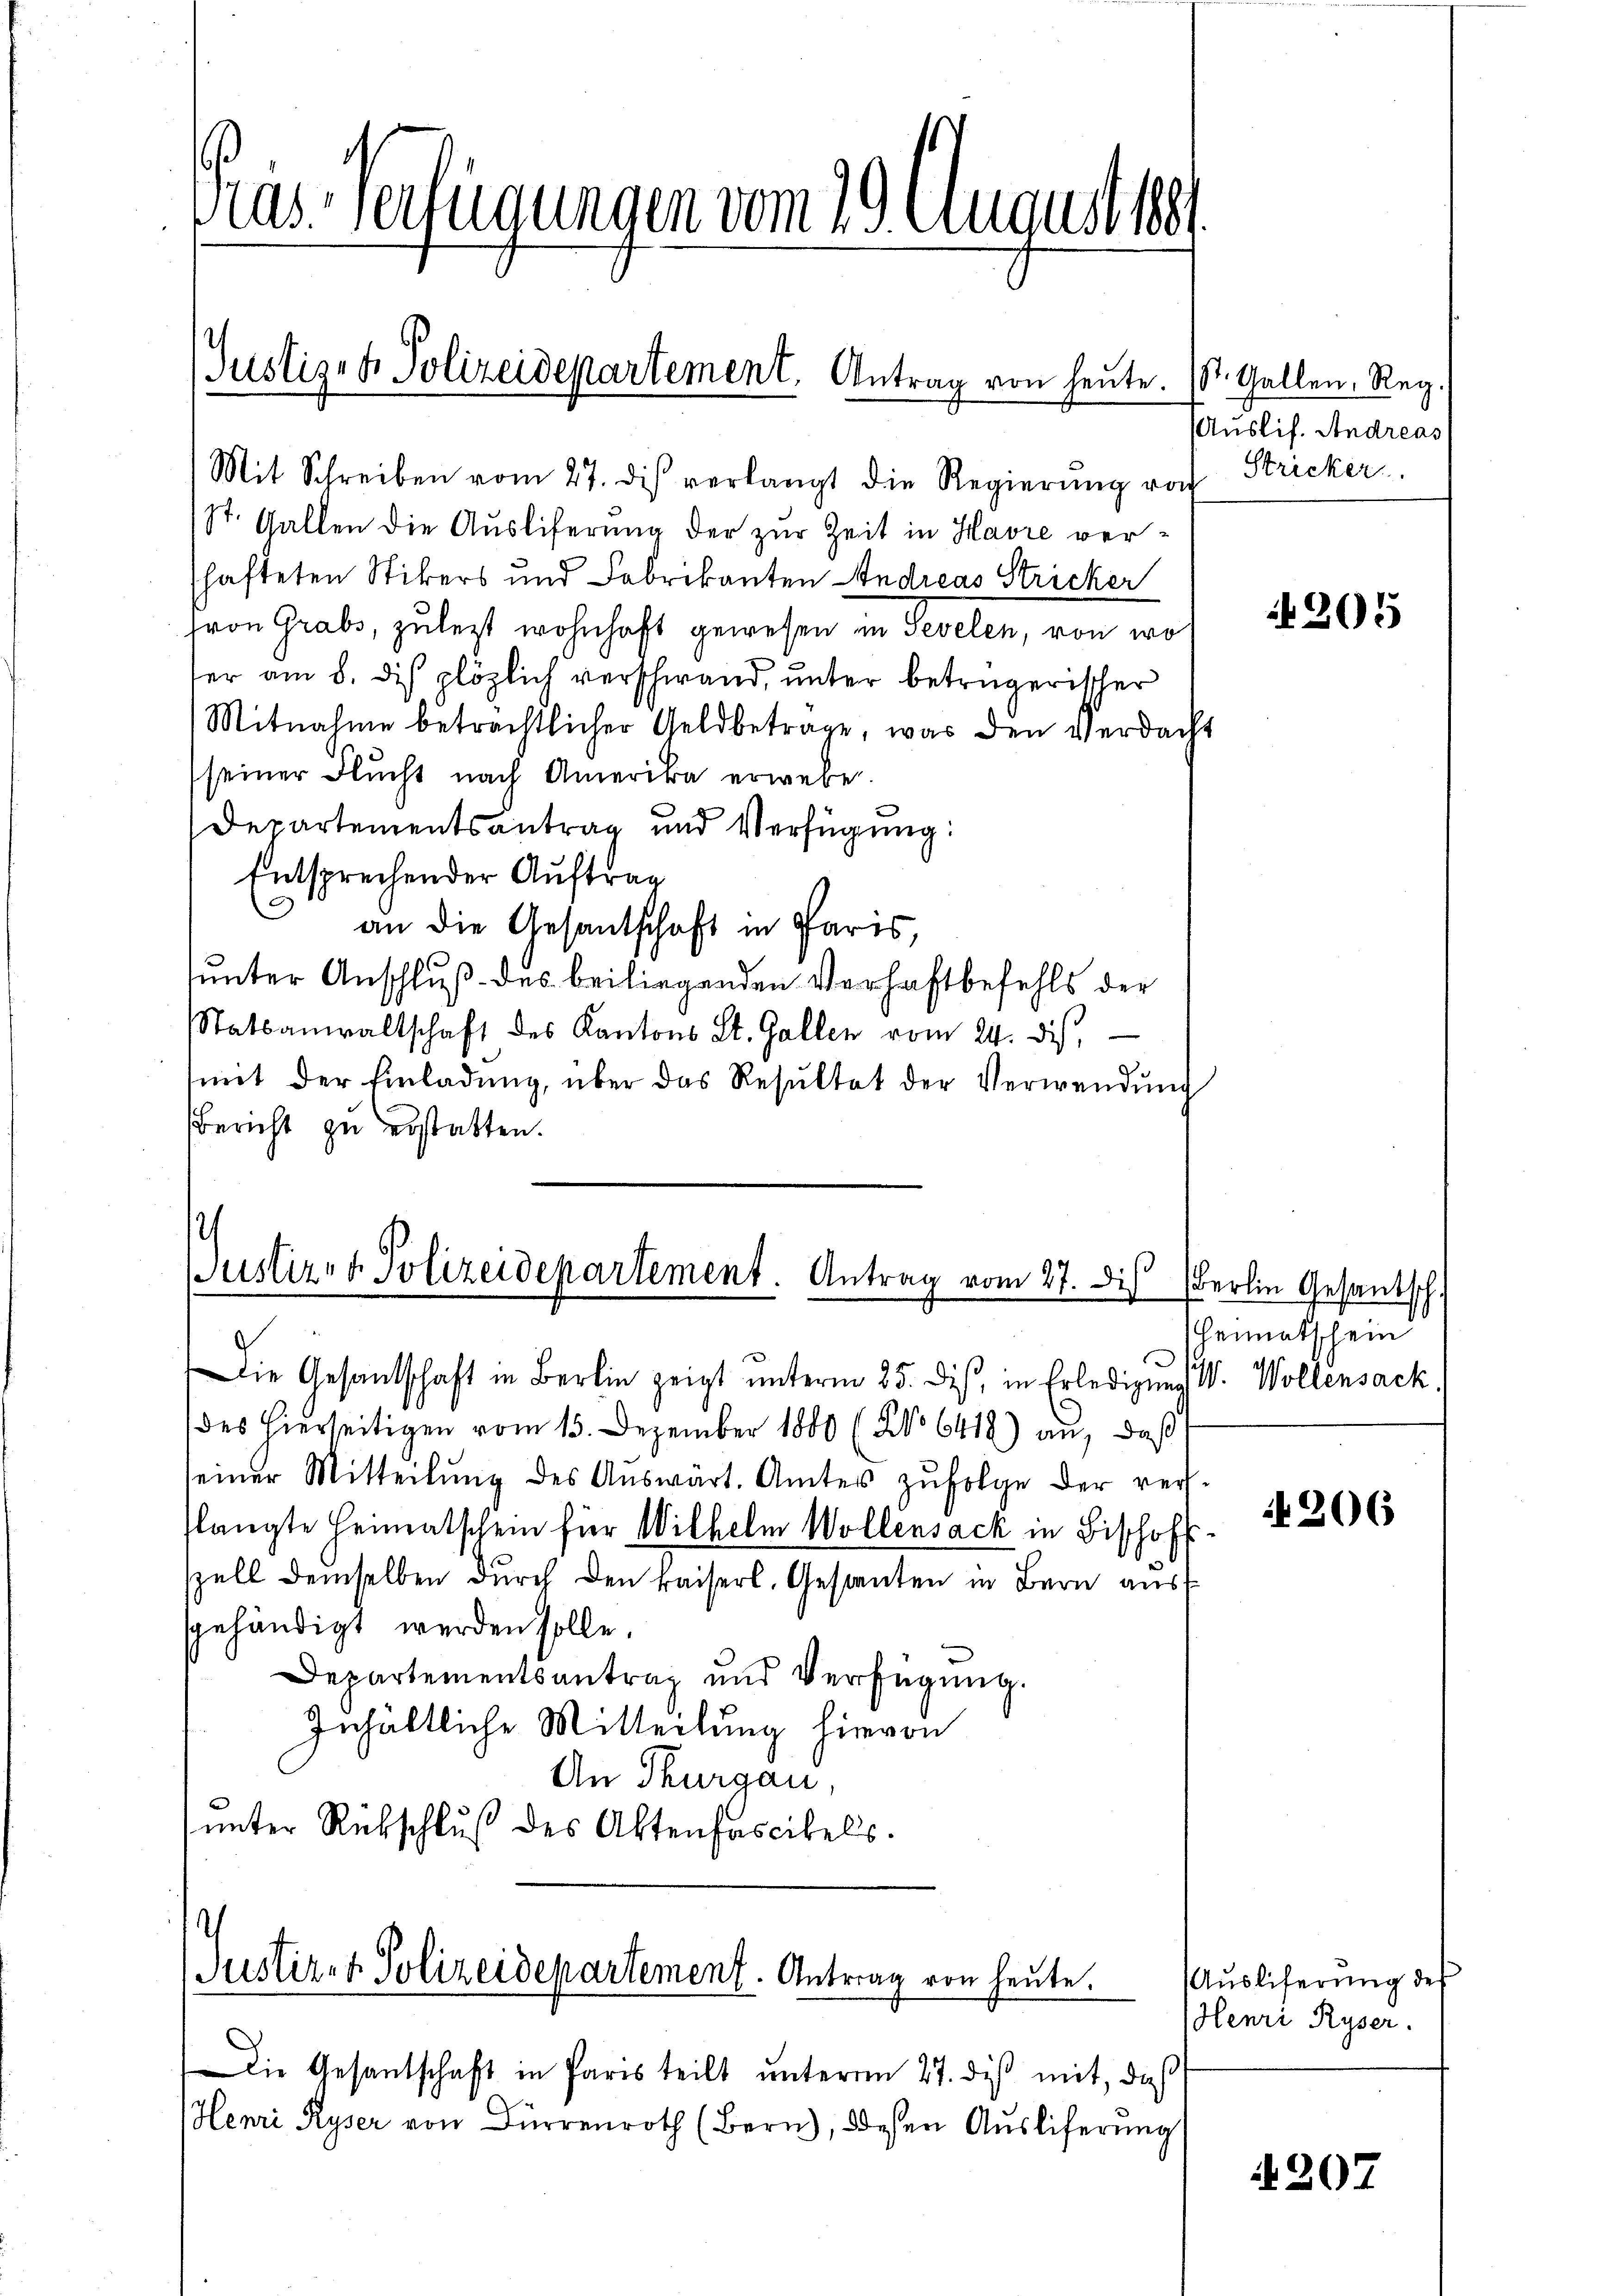
Mas- verfügungen vom 29. August 1891

Justiget. Polizeidepartement. Antrag von heute.

Bustiz- & Polizeidepartement. Antrag vom 27. Dis (Berlin Gesantsch.

Justiz- & Polizeidepartement. Antrag von heute.

Die Gesantschaft in Paris teilt unterm 27. diß mit, daß
Henri Ryser von Dürrenroth (Bern), diesen Auslieferung

Mit Schreiben vom 27. dis verlangt die Regierŭng von Stricker
St. Gallen die Auslieferung der zur Zeit in Havre verschafteten Stikers und Fabrikanten Andreas Stricker
Fron Grabs, zulezt wohnhaft gewesen in Sevelen, von wo
fer am 8. dis plözlich verschwand, unter betrügerischer
Mitnahme beträchtlicher Geldbetrage, was den Verdacht
seiner Flucht nach Amerika erwebe.
Departementsantrag und Verfügung:
Entsprechender Auftrag
an die Gesantschaft in Paris,
unter Anschluß des beiliegenden Verhaftbefehls der
Statsanwaltschaft des Kantons St. Gallen vom 24. dis,
mit der Einladŭng, über das Resŭltat der Verwendŭng
Bericht zu erstatten.

Die Gesandschaft in Berlin zeigt ŭnterm 25. dis, in Erledigung W. Wollensack,
des hierseitigen vom 15. Dezember 1880 (No 6418) an, daß
seiner Mitteilŭng des Aŭswärt. Amtes zŭfolge der ver-
slangte Heimatschein für Wilhelm Wollensack in Bischofs-
zell demselben durch den kaiserl. Gestanten in Bern aus
gehändigt werden solle.
Departementsantrag und Verfügung.
Inhältliche Mitteilung hievon
An Thurgau,
(unter Rückschluß des Aktenfascikels.

St. Gallen, Reg.
Auslif. Andreas

205

heimatschein

206

Aŭsliferung des
Henri Ryser.

N207